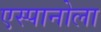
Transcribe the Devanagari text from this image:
एस्पानोला